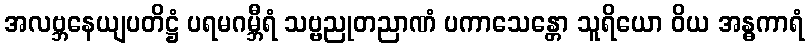
အလဗ္ဘနေယျပတိဋ္ဌံ ပရမဂမ္ဘီရံ သဗ္ဗညုတညာဏံ ပကာသေန္တော သူရိယော ဝိယ အန္ဓကာရံ